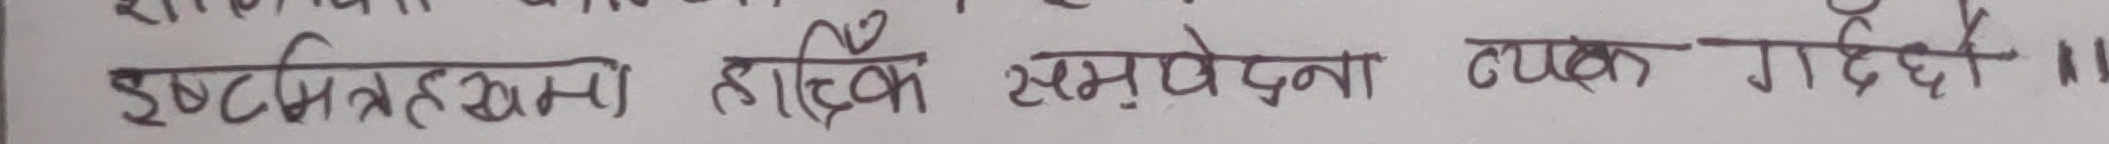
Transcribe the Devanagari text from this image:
इष्टमित्रहरुमा हार्दिक समवेदना व्यक्त गर्दछु।